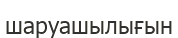
шаруашылығын